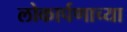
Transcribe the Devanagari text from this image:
लोकार्पणाच्या